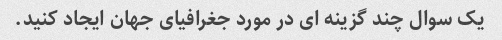
یک سوال چند گزینه ای در مورد جغرافیای جهان ایجاد کنید.